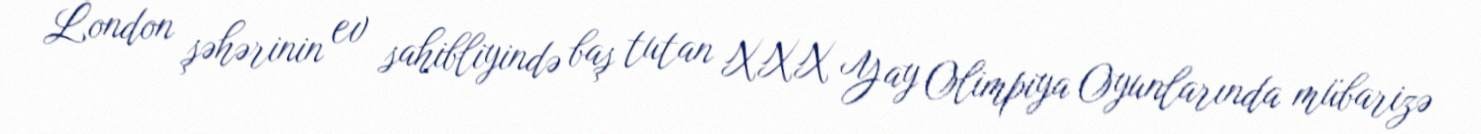
London şəhərinin ev sahibliyində baş tutan XXX Yay Olimpiya Oyunlarında mübarizə